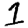
Digit: 1